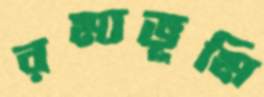
রম্যভূমি